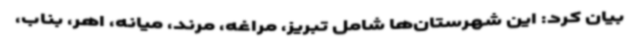
بیان کرد: این شهرستان‌ها شامل تبریز، مراغه، مرند، میانه، اهر، بناب،